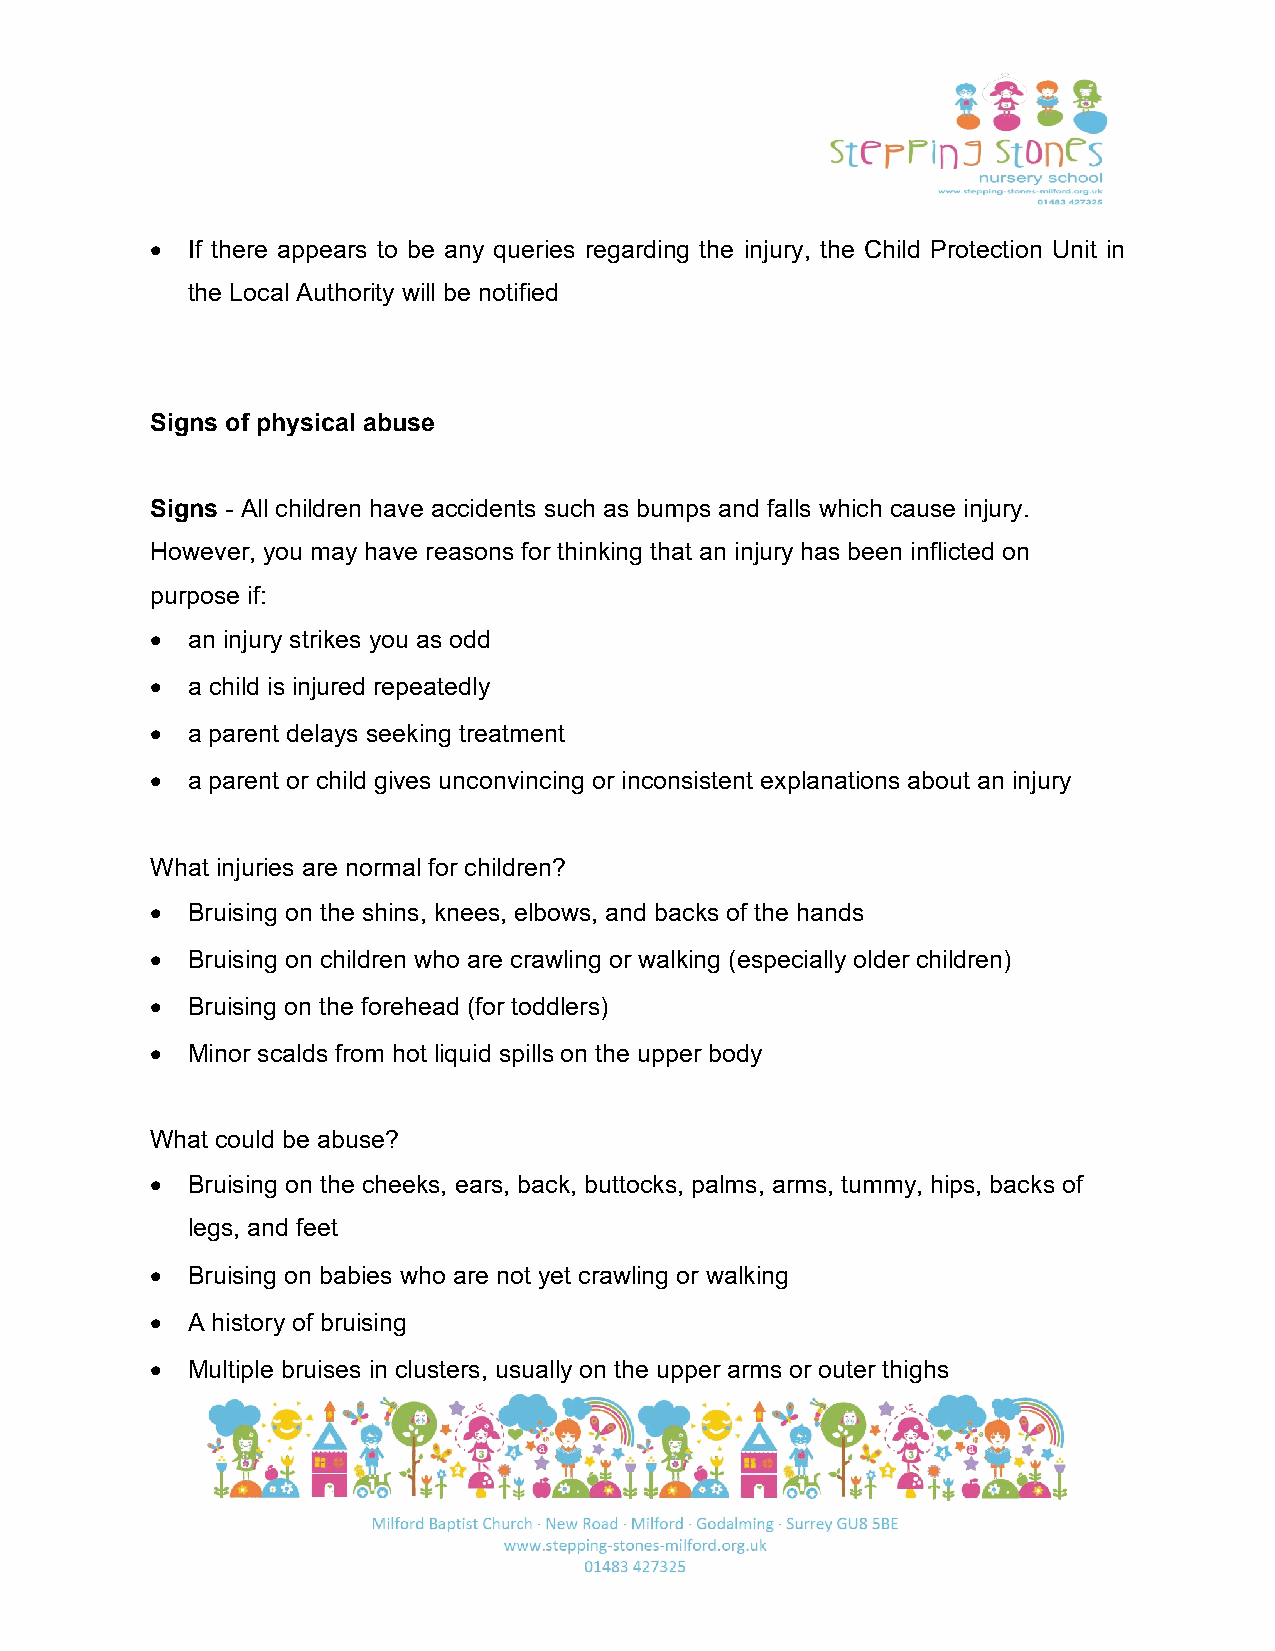
• If there appears to be any queries regarding the injury, the Child Protection Unit in
 the Local Authority will be notified
 Signs of physical abuse
 Signs - All children have accidents such as bumps and falls which cause injury.
 However, you may have reasons for thinking that an injury has been inflicted on
 purpose if:
 • an injury strikes you as odd
 • a child is injured repeatedly
 • a parent delays seeking treatment
 • a parent or child gives unconvincing or inconsistent explanations about an injury
 What injuries are normal for children?
 • Bruising on the shins, knees, elbows, and backs of the hands
 • Bruising on children who are crawling or walking (especially older children)
 • Bruising on the forehead (for toddlers)
 • Minor scalds from hot liquid spills on the upper body
 What could be abuse?
 • Bruising on the cheeks, ears, back, buttocks, palms, arms, tummy, hips, backs of
 legs, and feet
 • Bruising on babies who are not yet crawling or walking
 • A history of bruising
 • Multiple bruises in clusters, usually on the upper arms or outer thighs